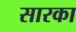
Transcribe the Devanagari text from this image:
सारका